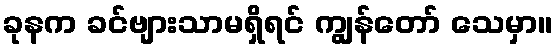
ခုနက ခင်ဗျားသာမရှိရင် ကျွန်တော် သေမှာ။